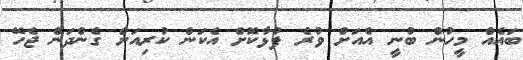
ބައެއް މީހުން ބުނީ އެއަށް ވުރެ ފުޅާކޮށް އެކަން ކުރިއަށް ގެންދަން ޖެހޭ